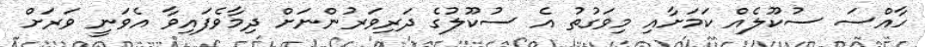
ހާއްސަ ސުކޫލެއް ކަމަށާއި މިވަގުތު އެ ސުކޫލުގެ ދަރިވަރުންނަށް ދިމާވެފައިވާ އެވަނީ ވަރަށް